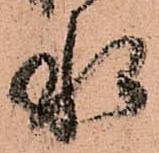
水